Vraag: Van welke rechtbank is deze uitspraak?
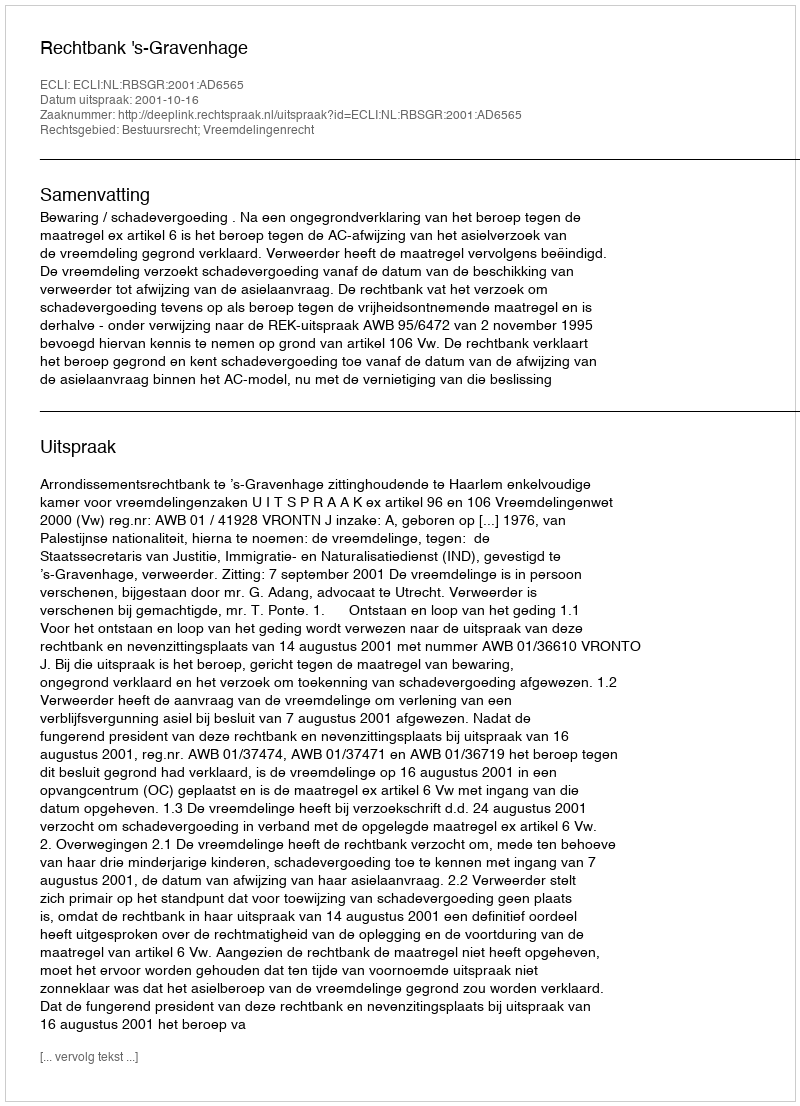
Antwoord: Rechtbank 's-Gravenhage